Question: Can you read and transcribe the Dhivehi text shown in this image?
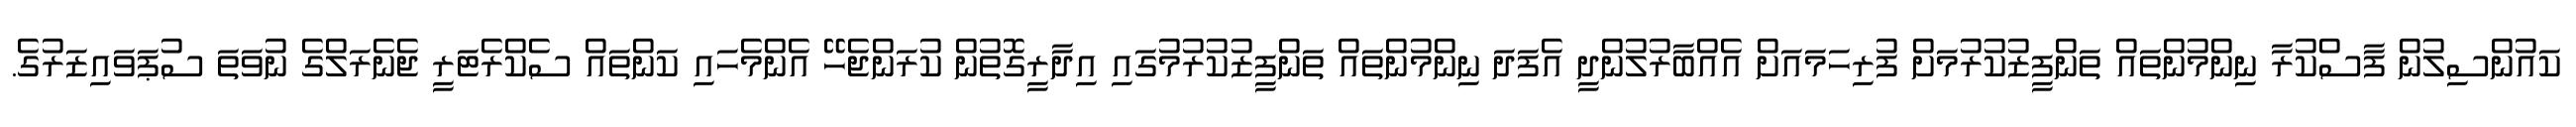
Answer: ކައުންސިލުން ފާސްކުރާ ނިންމުންތައް ތަންފީޒުކުރުމަށް ފުރިހަމައަށް އެއްބާރުލުންދީ އެފަދަ ނިންމުންތައް ތަންފީޒުކުރުމުގައި އިދާރީގޮތުން ކުރަންޖެހޭ އެންމެހައި ކަންތައް ސެކްރެޓަރީ ޖެނެރަލްގެ ނުވަތަ ސުޕަވައިޒަރުގެ.